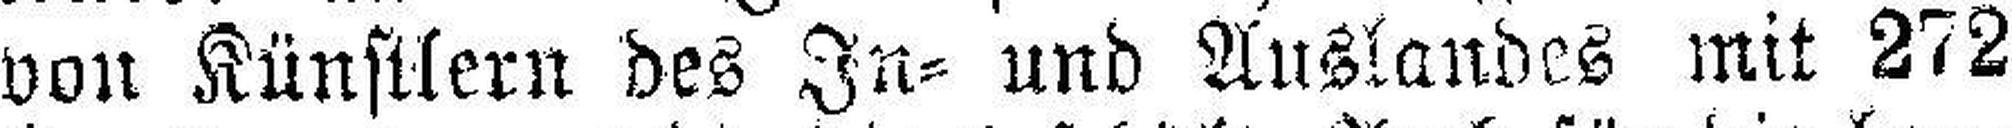
von Künstlern des In= und Auslandes mit 272